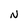
Character: N